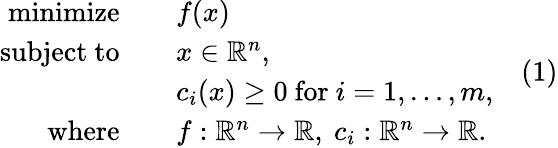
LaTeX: {\begin{array}{rl}{\operatorname{minimize}\quad}&{f(x)}\\ {{\mathrm{subject~to}}\quad}&{x\in\mathbb{R}^{n},}\\ &{c_{i}(x)\geq 0{\mathrm{~for~}}i=1,\ldots,m,}\\ {{\mathrm{where}}\quad}&{f:\mathbb{R}^{n}\to\mathbb{R},\ c_{i}:\mathbb{R}^{n}\to\mathbb{R}.}\end{array}}\quad(1)